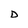
Character: D